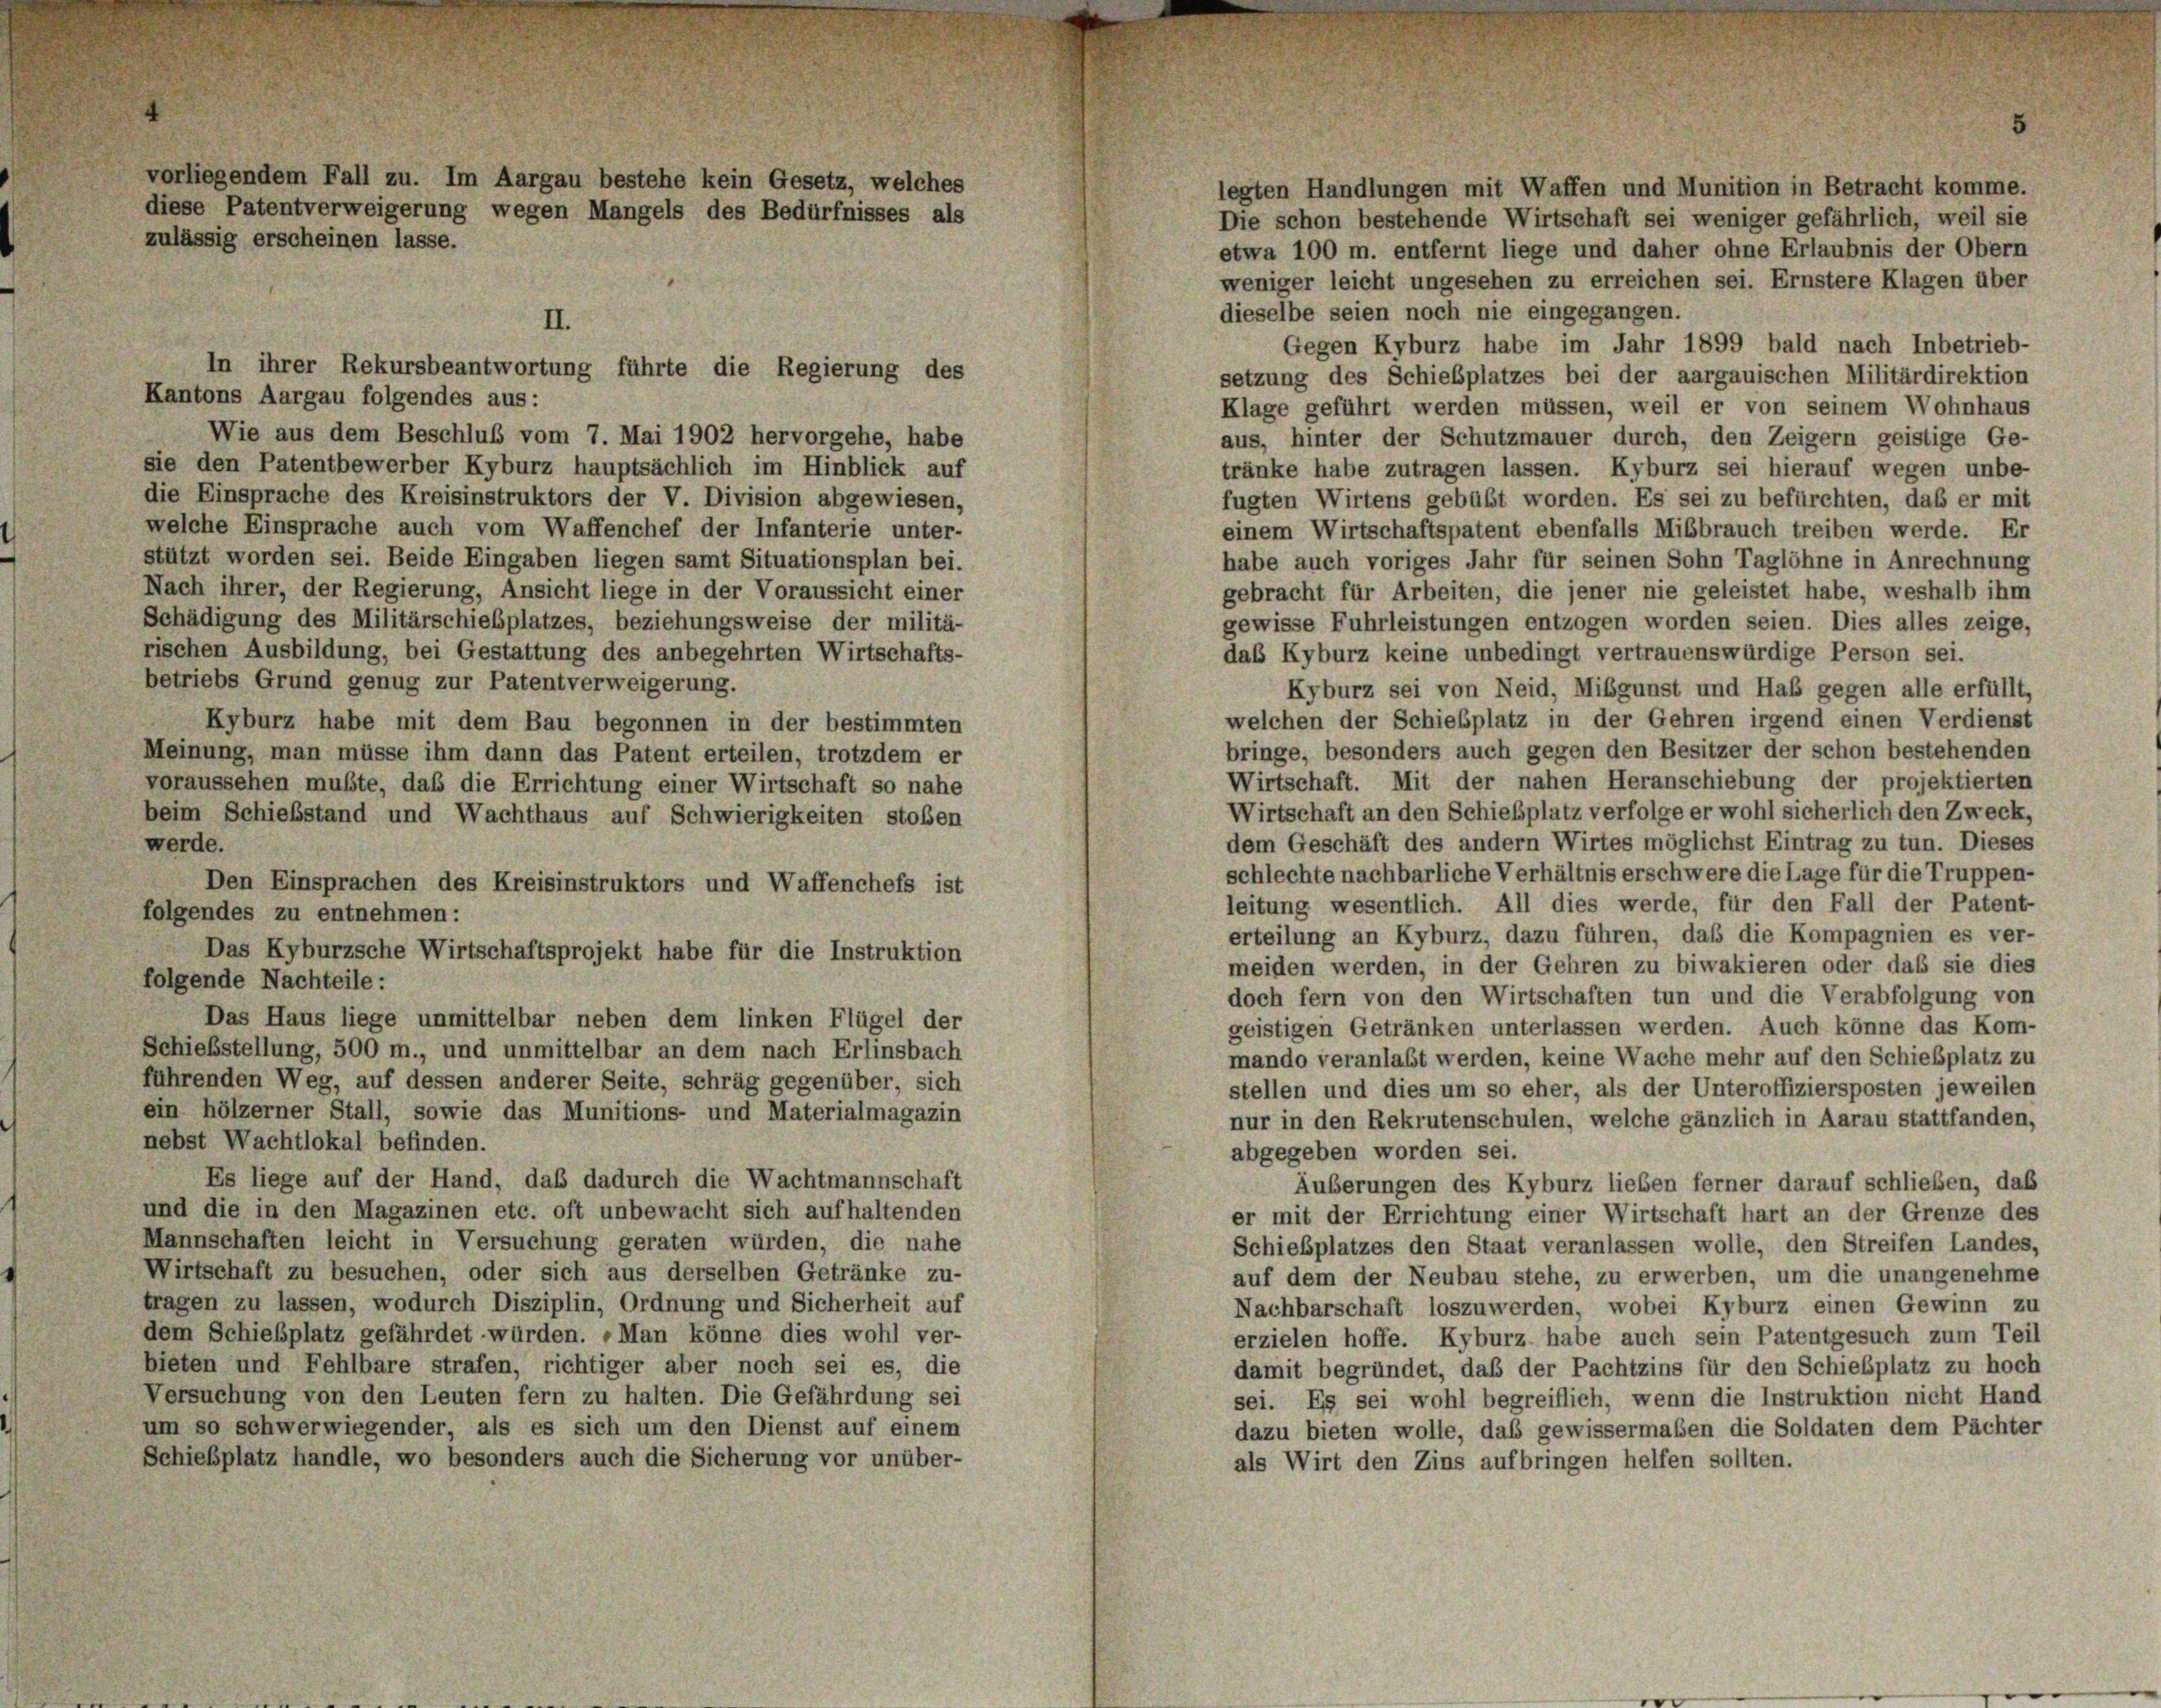
Die schon bestehende Wirtschaft sei weniger gefährlich, weil sie
etwa 100 m. entfernt liege und daher ohne Erlaubnis der Obern
weniger leicht ungesehen zu erreichen sei. Ernstere Klagen über
dieselbe seien noch nie eingegangen.
Gegen Kyburz habe im Jahr 1899 bald nach Inbetrieb-
setzung des Schiebplatzes bei der aargauischen Militärdirektion
Klage geführt werden müssen, weil er von seinem Wohnhaus
Wie aus dem Beschluß vom 7. Mai 1902 hervorgehe, habe
aus, hinter der Schutzmauer durch, den Zeigern geistige Ge-
sie den Patentbewerber Kyburz hauptsächlich im Hinblick auf
tränke habe zutragen lassen. Kyburz sei hierauf wegen unbe-
die Einsprache des Kreisinstruktors der V. Division abgewiesen,
fugten Wirtens gebüßt worden. Es sei zu befürchten, daß er mit
welche Einsprache auch vom Waffenchef der Infanterie unter-
einem Wirtschaftspatent ebenfalls Mißbrauch treiben werde. Er
stützt worden sei. Beide Eingaben liegen samt Situationsplan bei.
habe auch voriges Jahr für seinen Sohn Taglöhne in Anrechnung
Nach ihrer, der Regierung, Ansicht liege in der Voraussicht einer
gebracht für Arbeiten, die jener nie geleistet habe, weshalb ihm
Schädigung des Militärschiebplatzes, beziehungsweise der militä-
gewisse Fuhrleistungen entzogen worden seien. Dies alles zeige,
rischen Ausbildung, bei Gestattung des anbegehrten Wirtschafts-
daß Kyburz keine unbedingt vertrauenswürdige Person sei.
betriebs Grund genug zur Patentverweigerung.
Kyburz sei von Neid, Mibgunst und Hab gegen alle erfüllt,
welchen der Schiebplatz in der Gehren irgend einen Verdienst
Kyburz habe mit dem Bau begonnen in der bestimmten
bringe, besonders auch gegen den Besitzer der schon bestehenden
Meinung, man müsse ihm dann das Patent erteilen, trotzdem er
Wirtschaft. Mit der nahen Heranschiebung der projektierten
voraussehen mußte, daß die Errichtung einer Wirtschaft so nahe
Wirtschaft an den Schiebplatz verfolge er wohl sicherlich den Zweck,
beim Schiebstand und Wachthaus auf Schwierigkeiten stoßen
werde.
dem Geschäft des andern Wirtes möglichst Eintrag zu tun. Dieses
schlechte nachbarliche Verhältnis erschwere die Lage für die Truppen-
Den Einsprachen des Kreisinstruktors und Waffenchefs ist
leitung wesentlich. All dies werde, für den Fall der Patent-
folgendes zu entnehmen:
erteilung an Kyburz, dazu führen, daß die Kompagnien es ver-
Das Kyburzsche Wirtschaftsprojekt habe für die Instruktion
meiden werden, in der Gehren zu biwakieren oder daß sie dies
folgende Nachteile:
doch fern von den Wirtschaften tun und die Verabfolgung von
Das Haus liege unmittelbar neben dem linken Flügel der
geistigen Getränken unterlassen werden. Auch könne das Kom-
Schiebstellung, 500 m., und unmittelbar an dem nach Erlinsbach
mando veranlaßt werden, keine Wache mehr auf den Schießplatz zu
führenden Weg, auf dessen anderer Seite, schräg gegenüber, sich
stellen und dies um so eher, als der Unteroffiziersposten jeweilen
ein hölzerner Stall, sowie das Munitions- und Materialmagazin
nur in den Rekrutenschulen, welche gänzlich in Aarau stattfanden,
nebst Wachtlokal befinden.
abgegeben worden sei.
Es liege auf der Hand, daß dadurch die Wachtmannschaft
Äußerungen des Kyburz lieben ferner darauf schließen, daß
und die in den Magazinen etc. oft unbewacht sich aufhaltenden
er mit der Errichtung einer Wirtschaft hart an der Grenze des
Mannschaften leicht in Versuchung geraten würden, die nahe
Schießplatzes den Staat veranlassen wolle, den Streifen Landes,
Wirtschaft zu besuchen, oder sich aus derselben Getränke zu-
auf dem der Neubau stehe, zu erwerben, um die unangenehme
tragen zu lassen, wodurch Disziplin, Ordnung und Sicherheit auf
Nachbarschaft loszuwerden, wobei Kyburz einen Gewinn zu
dem Schiebplatz gefährdet würden. „Man könne dies wohl ver-
erzielen hoffe. Kyburz habe auch sein Patentgesuch zum Teil
bieten und Fehlbare strafen, richtiger aber noch sei es, die
damit begründet, daß der Pachtzins für den Schießplatz zu hoch
Versuchung von den Leuten fern zu halten. Die Gefährdung sei
sei. Es sei wohl begreiflich, wenn die Instruktion nicht Hand
um so schwerwiegender, als es sich um den Dienst auf einem
dazu bieten wolle, das gewissermalen die Soldaten dem Pächter
Schießplatz handle, wo besonders auch die Sicherung vor unüber-
als Wirt den Zins aufbringen helfen sollten.

vorliegendem Fall zu. Im Aargau bestehe kein Gesetz, welches
diese Patentverweigerung wegen Mangels des Bedürfnisses als
zulässig erscheinen lasse.

II.
In ihrer Rekursbeantwortung führte die Regierung des
Kantons Aargau folgendes aus:

legten Handlungen mit Waffen und Munition in Betracht komme.